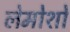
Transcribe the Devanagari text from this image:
लेमोशो